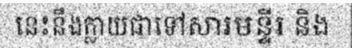
នេះនឹងក្លាយជាទៅសារមន្ទីរ និង